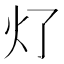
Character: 𰝶